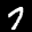
Label: 7